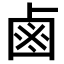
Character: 鹵